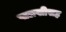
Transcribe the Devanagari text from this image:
पालखीसह